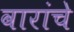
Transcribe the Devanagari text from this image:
वारांचे